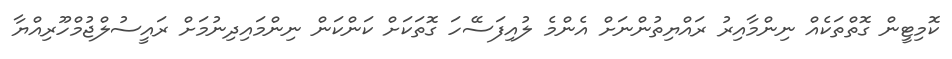
ކޮމިޓީން ގޮތްތަކެއް ނިންމާއިރު ރައްޔިތުންނަށް އެންމެ ލުއިފަސޭހަ ގޮތަކަށް ކަންކަން ނިންމައިދިނުމަށް ރައީސުލްޖުމްހޫރިއްޔާ